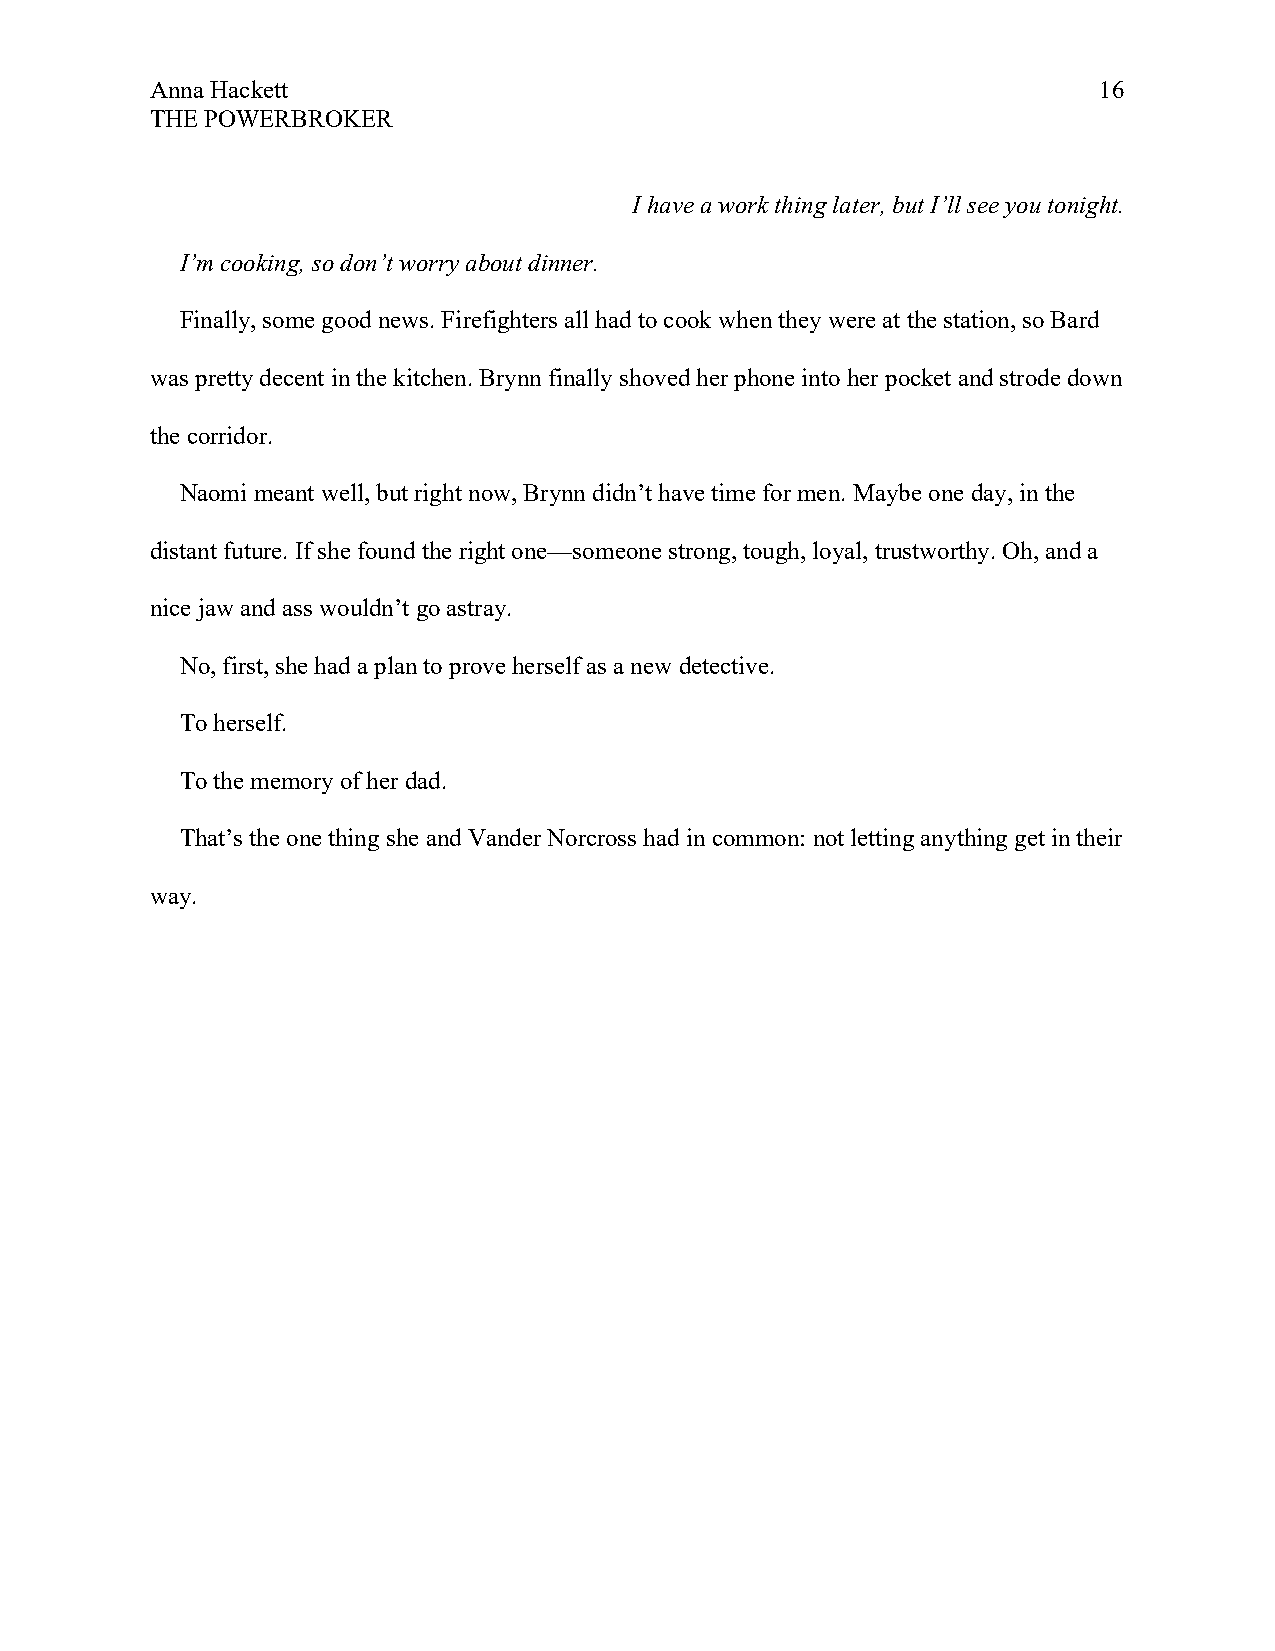
Anna Hackett                                                   16
 THE POWERBROKER
 I have a work thing later, but I’ll see you tonight.
 I’m cooking, so don’t worry about dinner.
 Finally, some good news. Firefighters all had to cook when they were at the station, so Bard
 was pretty decent in the kitchen. Brynn finally shoved her phone into her pocket and strode down
 the corridor.
 Naomi meant well, but right now, Brynn didn’t have time for men. Maybe one day, in the
 distant future. If she found the right one—someone strong, tough, loyal, trustworthy. Oh, and a
 nice jaw and ass wouldn’t go astray.
 No, first, she had a plan to prove herself as a new detective.
 To herself.
 To the memory of her dad.
 That’s the one thing she and Vander Norcross had in common: not letting anything get in their
 way.